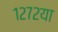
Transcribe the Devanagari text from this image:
१२७२या